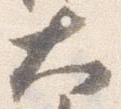
大